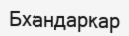
Бхандаркар